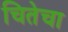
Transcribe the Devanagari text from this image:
चितेचा